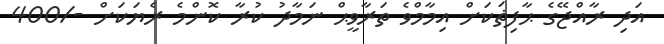
އަދި ރާއްޖޭގެ ޙާފިޡަކަށް އިމާމްވެ ތަރާވީޙް ނަމާދު ކުރާ ކޮންމެ ރެޔަކަށް -/400